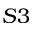
S 3